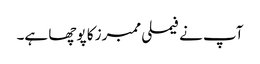
آپ نے فیملی ممبرز کا پوچھا ہے۔